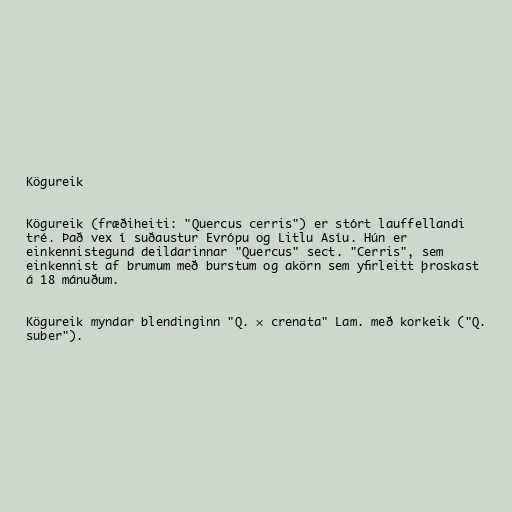
Kögureik

Kögureik (fræðiheiti: "Quercus cerris") er stórt lauffellandi
tré. Það vex í suðaustur Evrópu og Litlu Asíu. Hún er
einkennistegund deildarinnar "Quercus" sect. "Cerris", sem
einkennist af brumum með burstum og akörn sem yfirleitt þroskast
á 18 mánuðum.

Kögureik myndar blendinginn "Q. × crenata" Lam. með korkeik ("Q.
suber").